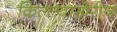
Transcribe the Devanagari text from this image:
किल्ल्याखेरीज